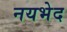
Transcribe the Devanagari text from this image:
नयभेद